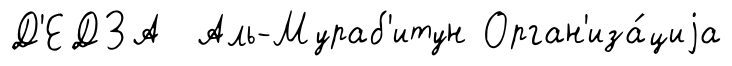
Д'ЕДЗА Аль-Мураб'итун Орган'иза́циjа